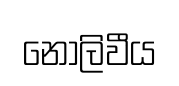
නොලිවීය